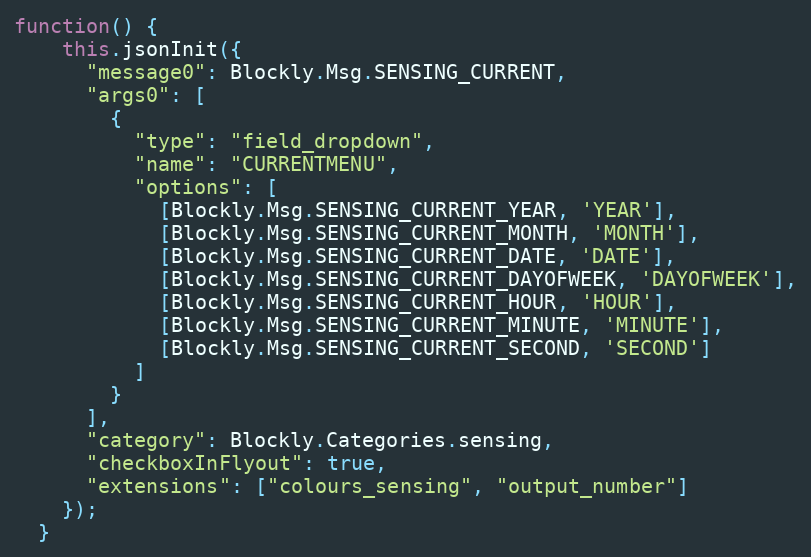
Language: JavaScript
function() {
    this.jsonInit({
      "message0": Blockly.Msg.SENSING_CURRENT,
      "args0": [
        {
          "type": "field_dropdown",
          "name": "CURRENTMENU",
          "options": [
            [Blockly.Msg.SENSING_CURRENT_YEAR, 'YEAR'],
            [Blockly.Msg.SENSING_CURRENT_MONTH, 'MONTH'],
            [Blockly.Msg.SENSING_CURRENT_DATE, 'DATE'],
            [Blockly.Msg.SENSING_CURRENT_DAYOFWEEK, 'DAYOFWEEK'],
            [Blockly.Msg.SENSING_CURRENT_HOUR, 'HOUR'],
            [Blockly.Msg.SENSING_CURRENT_MINUTE, 'MINUTE'],
            [Blockly.Msg.SENSING_CURRENT_SECOND, 'SECOND']
          ]
        }
      ],
      "category": Blockly.Categories.sensing,
      "checkboxInFlyout": true,
      "extensions": ["colours_sensing", "output_number"]
    });
  }